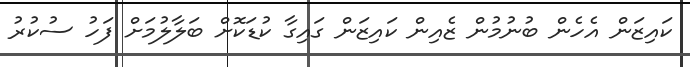
ކައިޒަން އެހެން ބުނުމުން ޒެއިން ކައިޒަން ގައިގާ ކުޑަކޮށް ބަލާލުމަށް ފަހު ސުކުރު